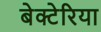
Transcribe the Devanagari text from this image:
बेक्टेरिया